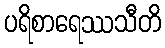
ပရိစာရေဿသီတိ